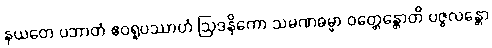
နယတေ ပဘာတံ ဧဝရူပဿာဟံ ဩဒနိကော သမဏဓမ္မာ ဝတ္တေန္တောတိ ပဇ္ဇလန္တော